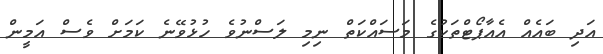
އަދި ބައެއް އެއާޕޯޓްތަކުގެ މަސައްކަތް ނިމި ލަސްނުވެ ހުޅުވޭނެ ކަމަށް ވެސް އަމީން